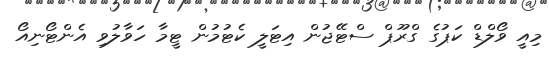
މިއީ ވޯލްޑް ކަޕުގެ ގްރޫޕް ސްޓޭޖުން އިޓަލީ ކެޓުމުން ޓީމާ ހަވާލުވި އެންޓޯނިއޯ